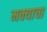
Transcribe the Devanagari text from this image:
मक्याचा